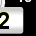
Digit: 2